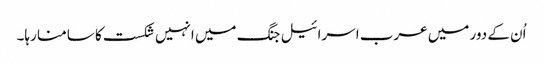
اُن کے دور میں عرب اسرائیل جنگ میں انہیں شکست کا سامنا رہا۔